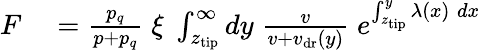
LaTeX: \begin{array}{rl}{F}&{{}=\frac{p_{q}}{p+p_{q}}\; \xi\; \int_{z_{\mathrm{tip}}}^{\infty}dy\; \frac v{v+v_{\mathrm{dr}}(y)}\; e^{\int_{z_{\mathrm{tip}}}^{y}\lambda(x)\; dx}}\end{array}